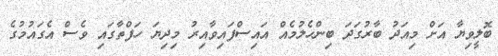
ބޮލީވިޔާ އަށް މިއަދު ބާރުގަދަ ބިންހެލުމެއް އައިސްފައިވާއިރު މިދިޔަ ހަފްތާގައި ވެސް އެގައުމުގެ